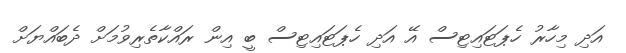
އަދި މިހާރު ހެޕަޓައިޓިސް އޭ އަދި ހެޕަޓައިޓިސް ބީ އިން ރައްކާތެރިވުމަށް ދެބައްޔަށް